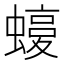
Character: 𧐛